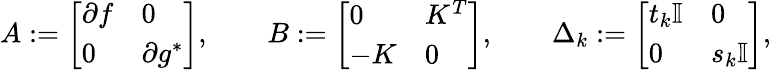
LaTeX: A:=\left[\begin{array}{ll}{\partial f}&{0}\\ {0}&{\partial g^{*}}\end{array}\right],\qquad B:=\left[\begin{array}{ll}{0}&{K^{T}}\\ {-K}&{0}\end{array}\right],\qquad\Delta_{k}:=\left[\begin{array}{ll}{t_{k}\mathbb I}&{0}\\ {0}&{s_{k}\mathbb I}\end{array}\right],